画像に写った文字を読んでください
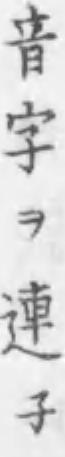
「音字ヲ連子」と書いてあります